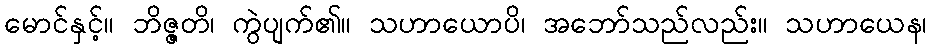
မောင်နှင့်။ ဘိဇ္ဇတိ၊ ကွဲပျက်၏။ သဟာယောပိ၊ အဘော်သည်လည်း။ သဟာယေန၊